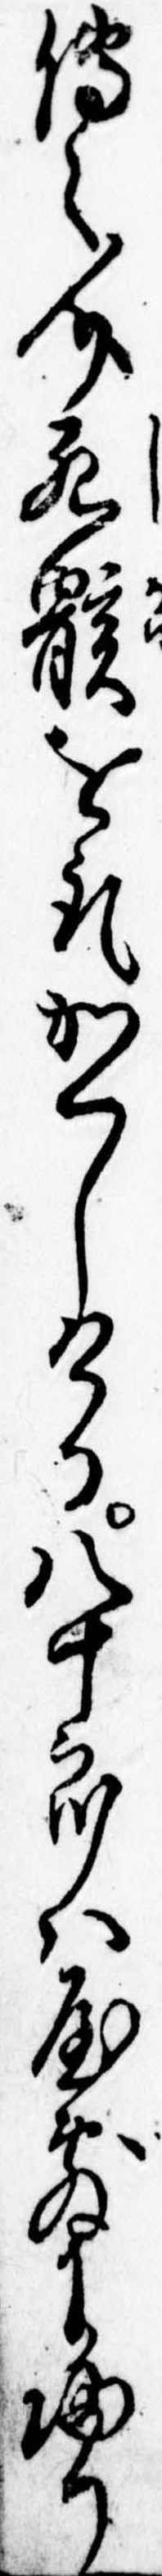
伝之介死骸を取かくしける八十郎は屋敷に帰り